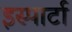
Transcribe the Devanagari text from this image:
इस्पार्टा